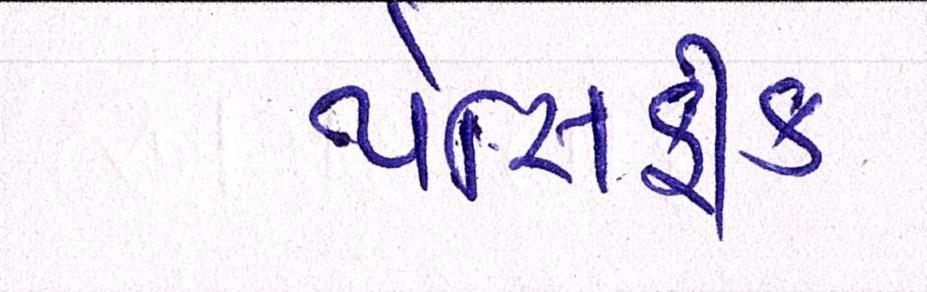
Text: પેસિફીક